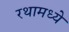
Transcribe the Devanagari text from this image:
रथामध्ये